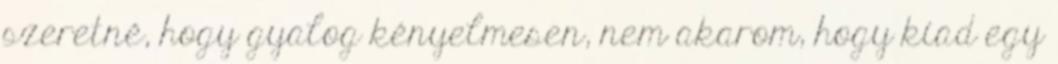
szeretné, hogy gyalog kényelmesen, nem akarom, hogy kiad egy